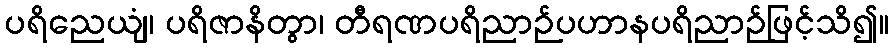
ပရိညေယျံ၊ ပရိဇာနိတွာ၊ တီရဏပရိညာဉ်ပဟာနပရိညာဉ်ဖြင့်သိ၍။